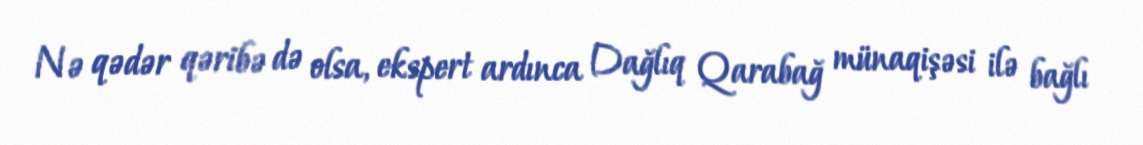
Nə qədər qəribə də olsa, ekspert ardınca Dağlıq Qarabağ münaqişəsi ilə bağlı